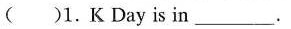
( )1.K Day is in ___.